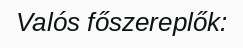
Valós főszereplők: